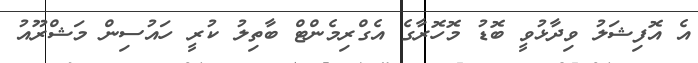
އެ އޮފިޝަލު ވިދާޅުވީ ބޮޑު މޮހޮރާގެ އެގްރިމެންޓް ބާތިލު ކުރީ ހައުސިން މަޝްރޫއު